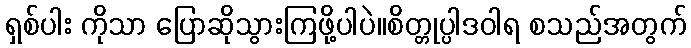
ရှစ်ပါး ကိုသာ ပြောဆိုသွားကြဖို့ပါပဲ။စိတ္တုပ္ပါဒဝါရ စသည်အတွက်